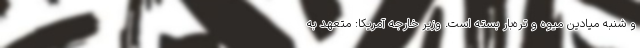
و شنبه میادین میوه و تره‌بار بسته است. وزیر خارجه آمریکا: متعهد به